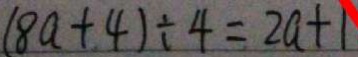
( 8 a + 4 ) \div 4 = 2 a + 1